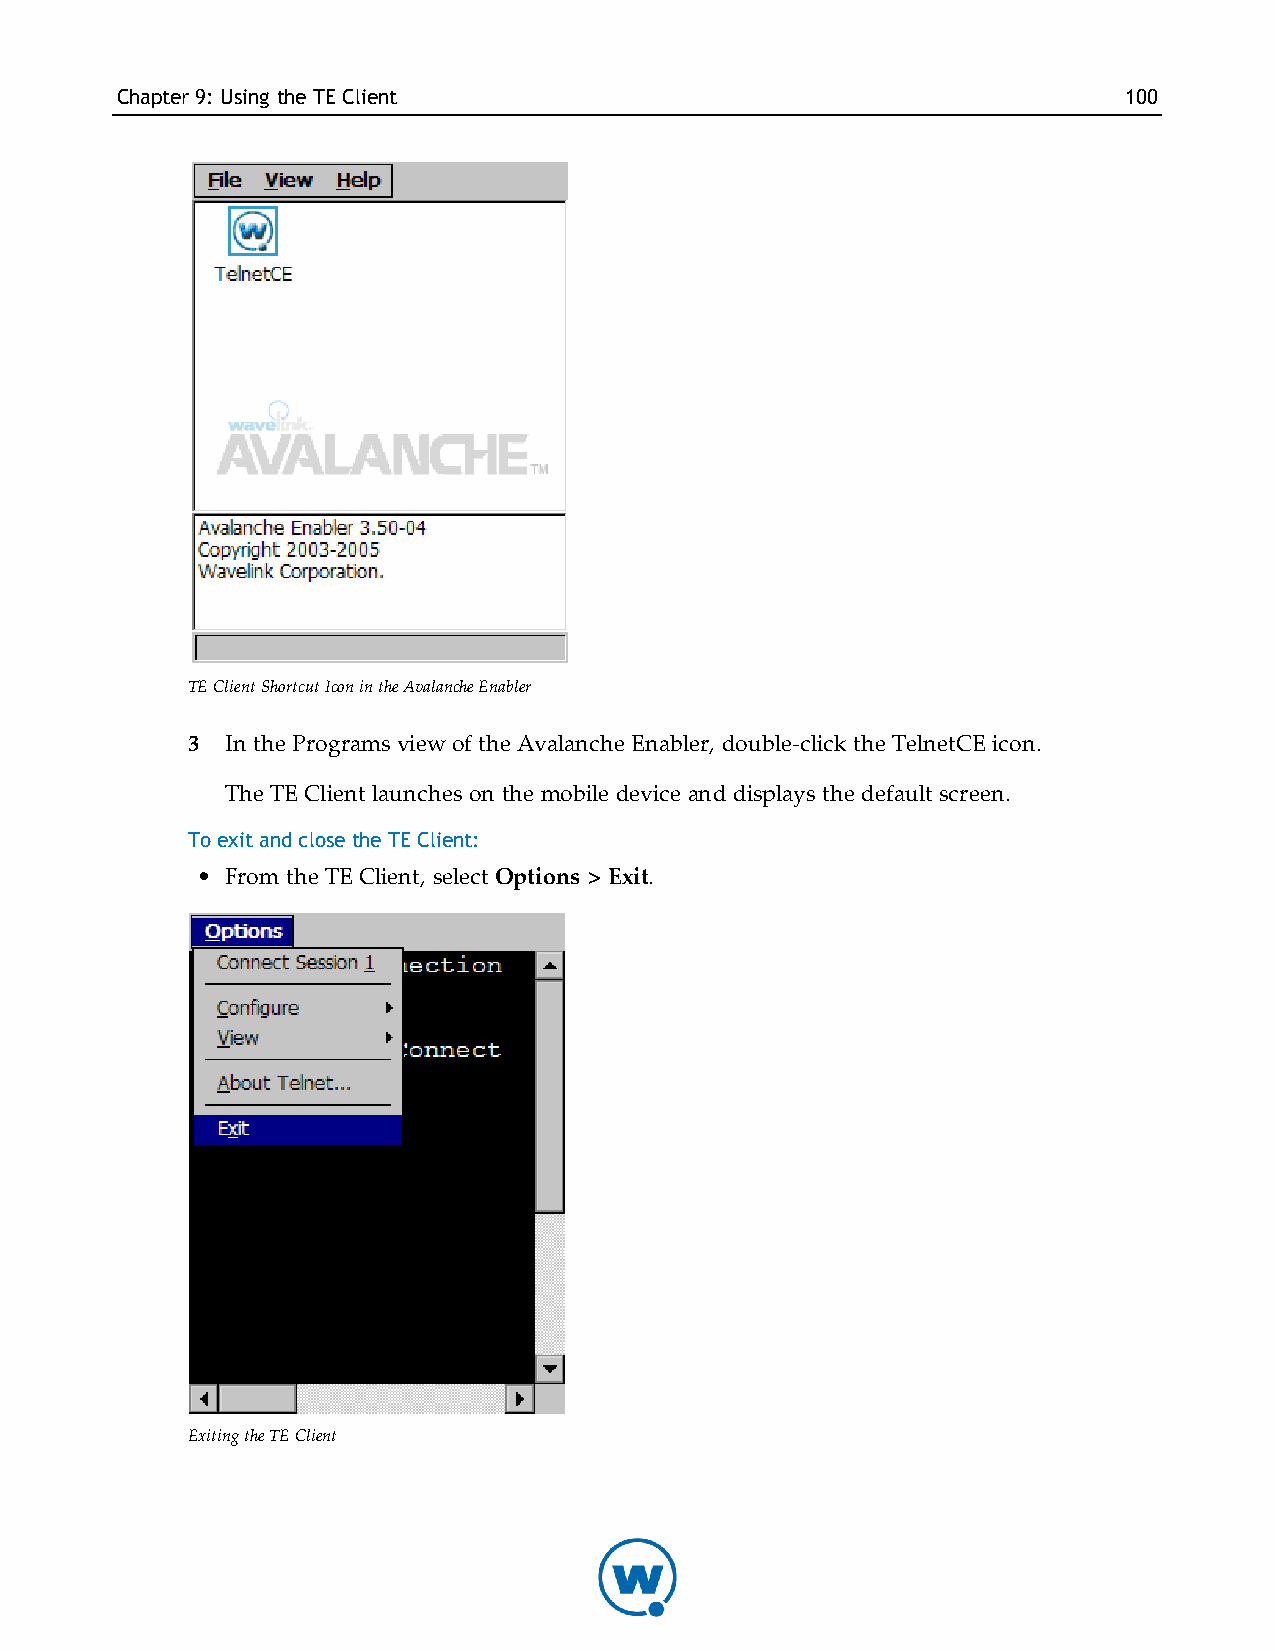
Chapter9: Using theTE Client                                      100
 TE Client Shortcut Icon in the Avalanche Enabler
 3  In the Programs view of the Avalanche Enabler, double-click the TelnetCE icon.
 The TE Client launches on the mobile device and displays the default screen.
 To exit and close the TE Client:
 • From the TE Client, select Options > Exit.
 Exiting the TE Client